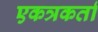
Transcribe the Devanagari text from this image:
एकत्रकर्ता